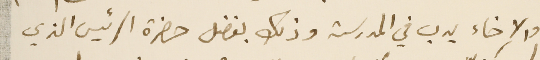
والاخاء يدب في المدرسة وذلك بفضل حضرة الرئيس الذي